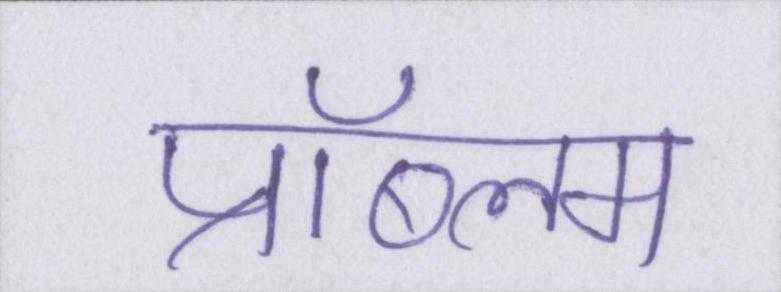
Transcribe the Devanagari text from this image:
प्रॉब्लम